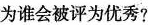
为谁会被评为优秀?